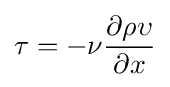
\tau =-\nu {\frac {\partial \rho \upsilon }{\partial x}}